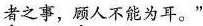
\underset{·}{者}之事，\underset{·}{顾}人不能为耳。”